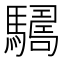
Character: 𩦑